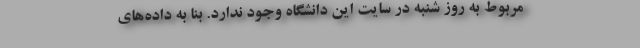
مربوط به روز شنبه در سایت این دانشگاه وجود ندارد. بنا به داده‌های